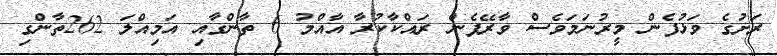
ރަށުގެ ވަޅުފެން މީރުނަމަވެސް ވާރޭފެން ރައްކާކުރާ އާއްމު 6 ތާންގާއި އަމިއްލަ 262ތާންގި